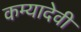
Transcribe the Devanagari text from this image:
कम्यादेवी